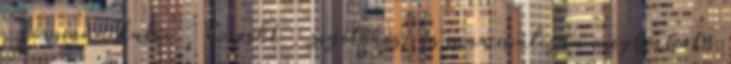
, kommunikatív , korrekt , segítőkész és maximálisan megbízható